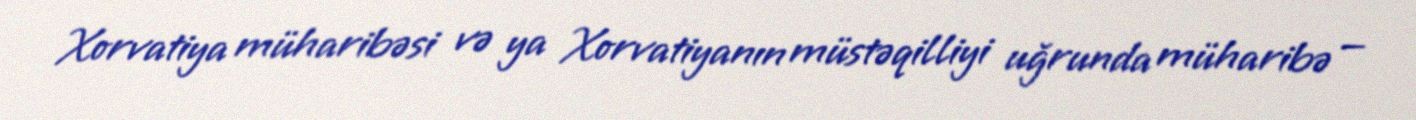
Xorvatiya müharibəsi və ya Xorvatiyanın müstəqilliyi uğrunda müharibə —